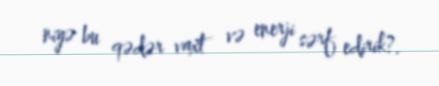
niyə bu qədər vaxt və enerji sərf edirik?.